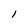
Character: l